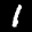
Label: 1